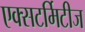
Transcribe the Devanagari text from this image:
एक्सटर्मिटीज